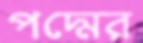
পদ্মের